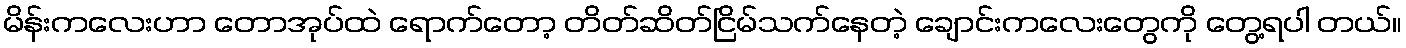
မိန်းကလေးဟာ တောအုပ်ထဲ ရောက်တော့ တိတ်ဆိတ်ငြိမ်သက်နေတဲ့ ချောင်းကလေးတွေကို တွေ့ရပါ တယ်။